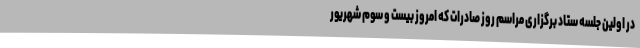
در اولین جلسه ستاد برگزاری مراسم روز صادرات که امروز بیست و سوم شهریور